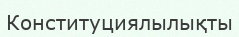
Конституциялылықты